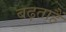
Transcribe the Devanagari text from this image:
बढ़ताहैं